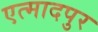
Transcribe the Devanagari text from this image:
एत्मादपुर